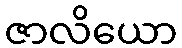
ဇာလိယော